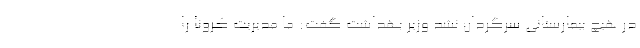
درِ هیچ بیمارستانی سرگردان نشد وزیر بهداشت گفت: ما مدیریت کرونا را